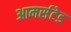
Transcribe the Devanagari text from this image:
आमर्सटेड